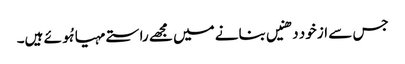
جس سے از خود دھنیں بنانے میں مجھے راستے مہیا ہُوئے ہیں۔